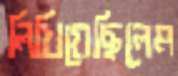
লিখিয়েছিলেম